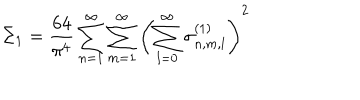
LaTeX: \Sigma _ { 1 } = \frac { 6 4 } { \pi ^ { 4 } } \sum _ { n = 1 } ^ { \infty } \sum _ { m = 1 } ^ { \infty } \left( \sum _ { l = 0 } ^ { \infty } \sigma _ { n , m , l } ^ { ( 1 ) } \right) ^ { 2 }